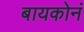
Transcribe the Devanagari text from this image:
बायकोनं